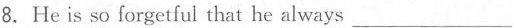
8.He is so forgetful that he always ___